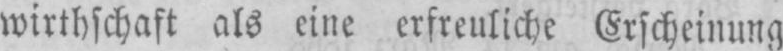
wirthschaft als eine erfreuliche Erscheinung